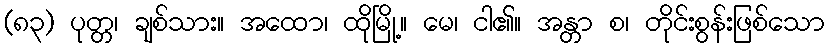
(၈၃) ပုတ္တ၊ ချစ်သား။ အထော၊ ထိုမြို့။ မေ၊ ငါ၏။ အန္တာ စ၊ တိုင်းစွန်းဖြစ်သော